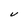
Character: V